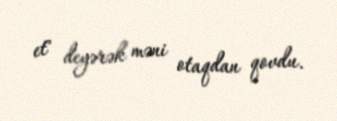
et" deyərək məni otaqdan qovdu.